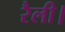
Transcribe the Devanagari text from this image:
रैली।